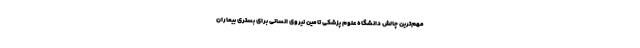
مهم‌ترین چالش دانشگاه علوم پزشکی تامین نیروی انسانی برای بستری بیماران